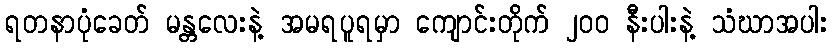
ရတနာပုံခေတ် မန္တလေးနဲ့ အမရပူရမှာ ကျောင်းတိုက် ၂၀၀ နီးပါးနဲ့ သံဃာအပါး